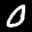
Label: 0